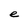
Character: e